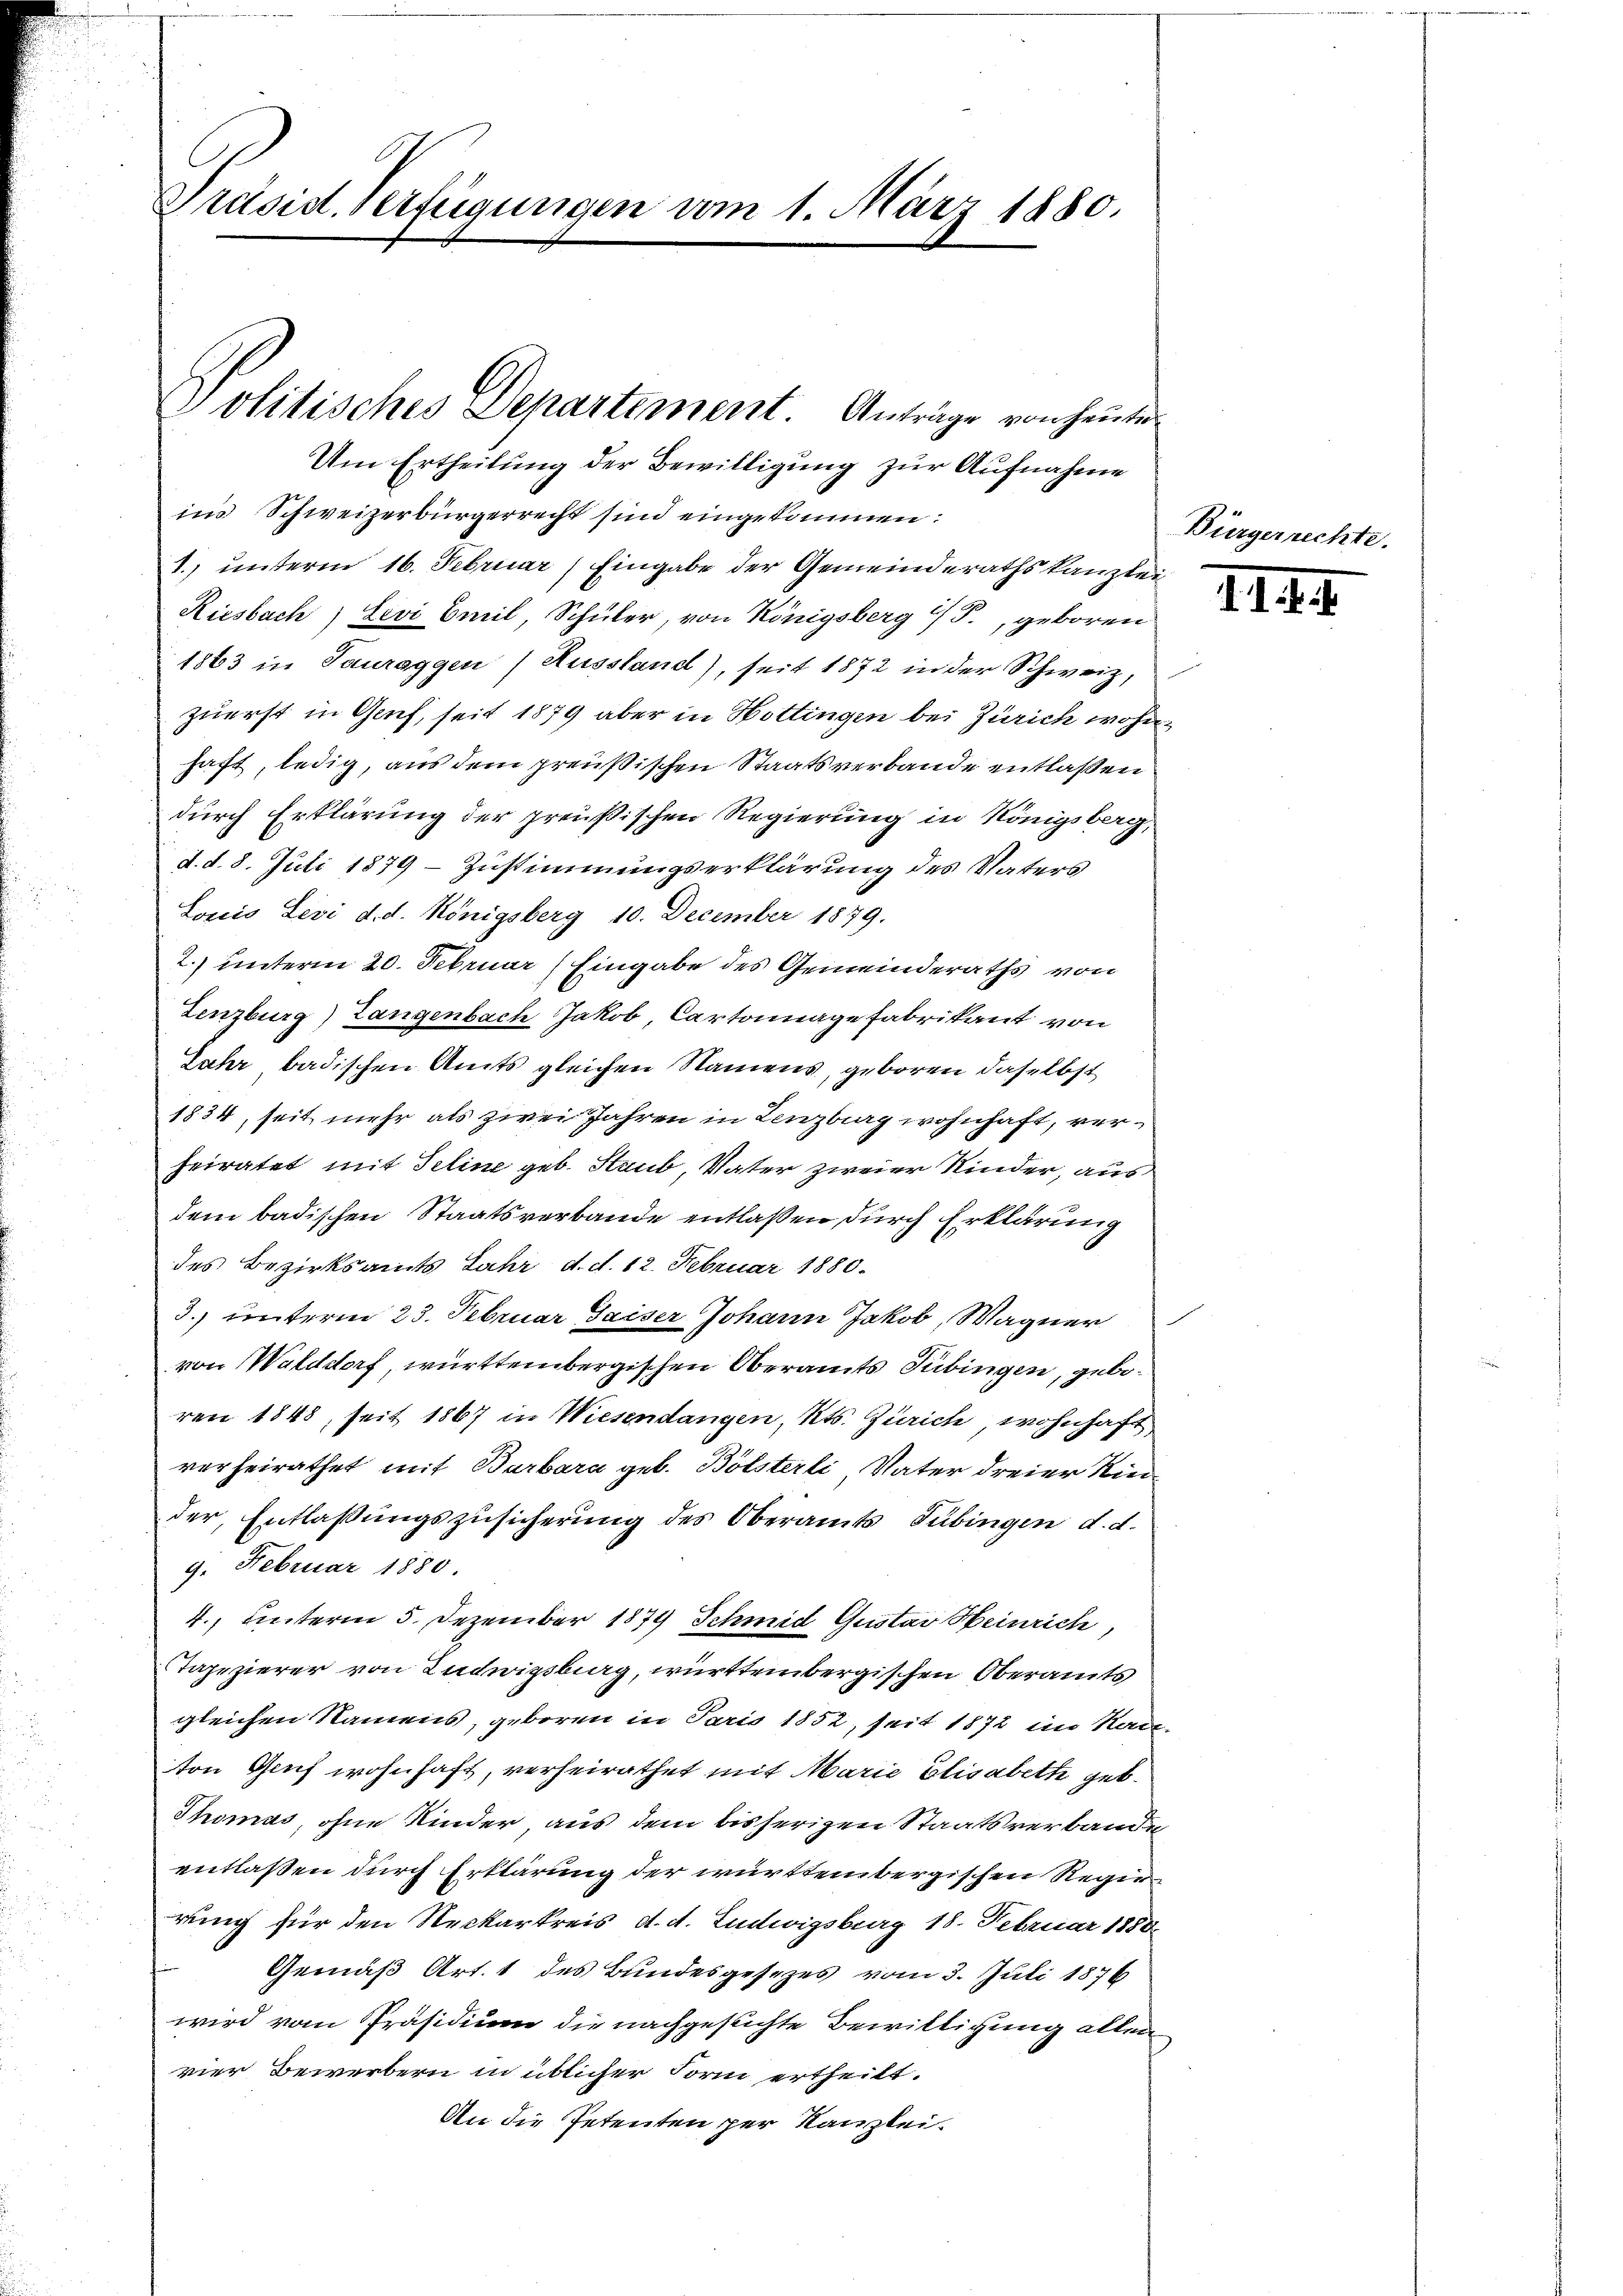
Präsid. Verfügungen vom 1. März 1880.

Politisches Departement. Anträge von heute

Um Ertheilung der Bewilligung zur Aufnahme
im Schweizerbürgerrecht sind eingekommen.
1. unterm 16. Februar) Eingabe der Gemeinderathskanzlei
Riesbach, Levi Emil, Schüler, von Königsberg T., geboren
1863 in Pauraggen Aussland), seit 1872 in der Schweiz,
zuerst in Genf, seit 1879 aber in Hottingen bei Zürich wohnhaft, ledig, aus dem preußischen Staatsverbande entlaßen
durch Erklärung der preußischen Regierung in Königsberg,
d. d. 8. Juli 1879 – Zustimmungserklärung des Vaters
Lonis Levi d. d. Königsberg 10. December 1879.
2.) unterm 20. Februar (Eingabe des Gemeinderaths von
Lenzburg) Langenbach Jakob, Cartonnage fabrikant von
Jahr badischen Amts gleichen Namens, geboren daselbst
1834, seit mehr als zwei Jahren in Lenzburg wohnhaft, verheiratet mit Seline geb. Staub, Vater zweier Kinder, aus
dem badischen Staatsverbande entlaßen durch Erklärung
des Bezirksamts Jahr d. d. 12. Februar 1880.
3. unterm 23. Februar Saiser Johann Jakob Wagner
von Walddorf, württembergischen Oberamts Tübingen, geboren 1848, seit 1867 in Wiesendangen, Kts. Zürich wohnhaft,
verheirathet mit Barbara geb. Bölsterli, Vater dreier Nied
der, Entlaßungszusicherung des Oberamts Tübingen d. d.
9. Februar 1880
4., unterm 5. Dezember 1879 Schmid Gustav Heinrich
Tapezierer von Ludwigsburg, württembergischen Oberamts
gleichen Namens, geboren in Paris 1852, seit 1872 im Kan-
ton Genf wohnhaft, verheirathet mit Marie Elisabett geb.
Thomas, ohne Kinder, aus dem bisherigen Staatsverbande
entlaßen durch Erklärung der württembergischen Regierung für den Neckarkreis d. d. Ludwigsburg 18. Februar 1888.
Gemäß Art. 1 des Bundesgesezes vom 3. Juli 1876
wird vom Präsidium die nachgesuchte Bewilligung allen
vier Bewerbern in üblicher Form ertheilt.
An die Petenten per Kanzlei-

Dinge

I.1. I. I

echte.